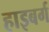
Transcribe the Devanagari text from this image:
हाइबर्ग